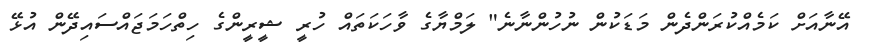
އޭނާއަށް ކަމެއްކުރަންދެން މަޑަކުން ނުހުންނާނެ" ލަމްޔާގެ ވާހަކަތައް ހުރީ ޝީރީންގެ ހިތްހަމަޖައްސައިދޭން އުޅޭ